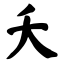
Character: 夭